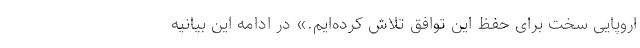
اروپایی سخت برای حفظ این توافق تلاش کرده‌ایم.» در ادامه این بیانیه